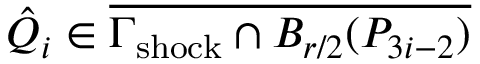
\hat { Q } _ { i } \in \overline { { \Gamma _ { \mathrm { { s h o c k } } } \cap B _ { r / 2 } ( P _ { 3 i - 2 } ) } }